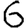
Digit: 6